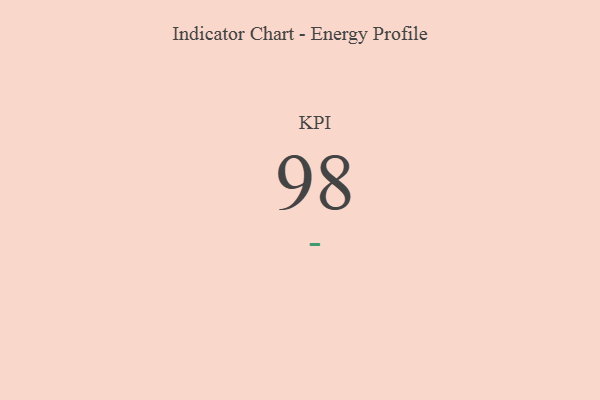
{"axis": {"x": "KPI", "y": "Value"}, "legend": [""], "data": [{"x": "KPI", "y": 98, "type": ""}]}